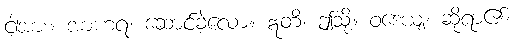
ငါ့အား။ အာဟရ၊ ဆောင်ခဲ့လော။ ဣတိ၊ ဤသို့။ ဝဒေယျ၊ ဆိုရာ၏။